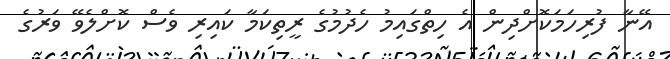
އޭނާ ފުރިހަމަކޮށްދިން އެ ހިތްގައިމު ހެދުމުގެ ރީތިކަމާ ކައިރި ވެސް ކޮށްލެވޭ ވަރުގެ